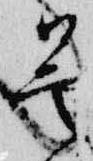
曇